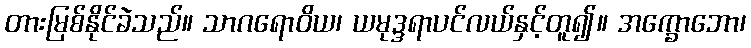
တားမြစ်နိုင်ခဲသည်။ သာဂရောဝိယ၊ ယမုဒ္ဒရာပင်လယ်နှင့်တူ၍။ အက္ခောဘော၊